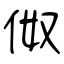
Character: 伮